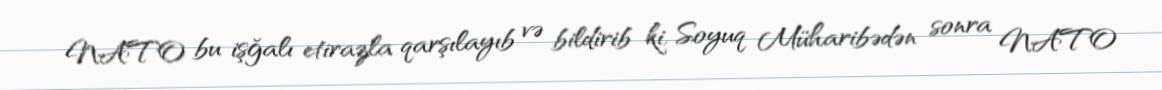
NATO bu işğalı etirazla qarşılayıb və bildirib ki, Soyuq Müharibədən sonra NATO